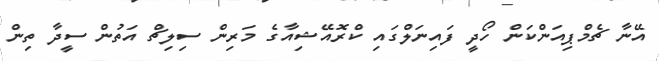
އޭނާ ޗެމްޕިއަންކަން ހޯދީ ފައިނަލްގައި ކްރޮއޭޝިއާގެ މަރިން ސިލިޗް އަތުން ސީދާ ތިން